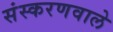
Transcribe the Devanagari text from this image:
संस्करणवाले